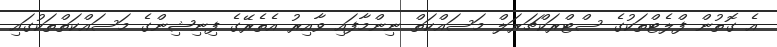
އެ ގޮތުން ފްލެޓްތަކުގެ ސްޓްރަކްޗަރަލް މަސައްކަތް ނިންމާފައި ވާއިރު އެތެރޭގެ ފިނިޝިންގެ މަސައްކަތްތަކުގައި